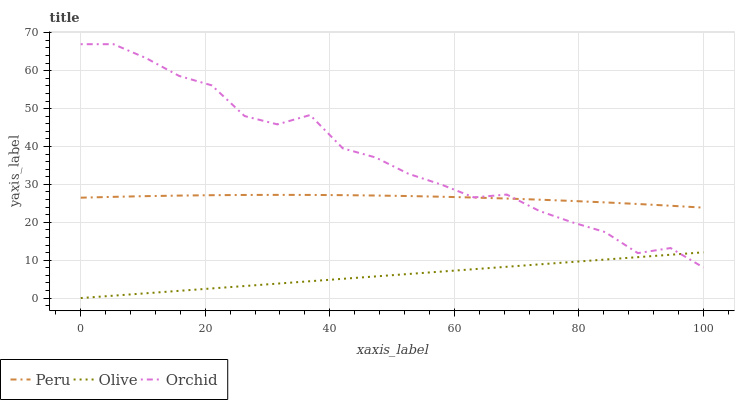
| xaxis_label | Peru | Olive | Orchid |
 | --- | --- | --- | --- |
 | 0 | 26.5 | 0 | 67 |
 | 5.26 | 26.7 | 0.635 | 67 |
 | 10.5 | 26.9 | 1.27 | 63.3 |
 | 15.8 | 27 | 1.91 | 58.6 |
 | 21.1 | 27.1 | 2.54 | 56.1 |
 | 26.3 | 27.2 | 3.18 | 48 |
 | 31.6 | 27.2 | 3.81 | 45.8 |
 | 36.8 | 27.2 | 4.45 | 48.3 |
 | 42.1 | 27.2 | 5.08 | 39.5 |
 | 47.4 | 27.1 | 5.72 | 37.1 |
 | 52.6 | 26.9 | 6.35 | 32.8 |
 | 57.9 | 26.7 | 6.99 | 30 |
 | 63.2 | 26.5 | 7.62 | 26.6 |
 | 68.4 | 26.3 | 8.26 | 27.3 |
 | 73.7 | 26 | 8.89 | 23 |
 | 78.9 | 25.6 | 9.53 | 20 |
 | 84.2 | 25.2 | 10.2 | 17.4 |
 | 89.5 | 24.8 | 10.8 | 11.9 |
 | 94.7 | 24.4 | 11.4 | 13.2 |
 | 100 | 23.9 | 12.1 | 8.08 |